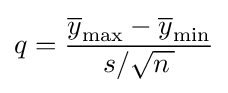
q={\frac {{\overline {y}}_{\max }-{\overline {y}}_{\min }}{s/{\sqrt {n\,}}}}